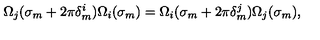
\Omega _ { j } ( \sigma _ { m } + 2 \pi \delta _ { m } ^ { i } ) \Omega _ { i } ( \sigma _ { m } ) = \Omega _ { i } ( \sigma _ { m } + 2 \pi \delta _ { m } ^ { j } ) \Omega _ { j } ( \sigma _ { m } ) ,